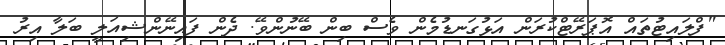
"ފްލައިޓުތައް އޮޕަރޭޓްކުރަން އަޅުގަނޑުމެން ވެސް ބިން ބޭނުންވޭ. ދެން ފައިނޭންޝިއަލީ ބަލާ އިރު